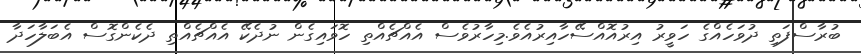
ބުރާސްފަތި ދުވަހެއްގެ ހަވީރު އިރުއޮއްސޭހާއިރުއެވެ.މިހާރުވެސް އެއްޗެއްތި ހޮވައިގެން ނުދެކޭ އެއްޗެއްތި ދެކެންގޮސް އެބަލާހަދާ